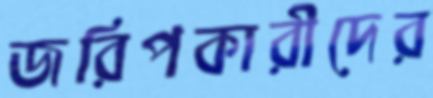
জরিপকারীদের